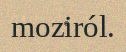
moziról.